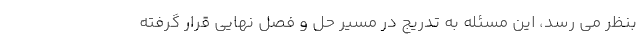
بنظر می رسد، این مسئله به تدریج در مسیر حل و فصل نهایی قرار گرفته